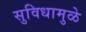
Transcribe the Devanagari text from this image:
सुविधामुळे